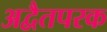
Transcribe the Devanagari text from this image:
अद्वैतपरक